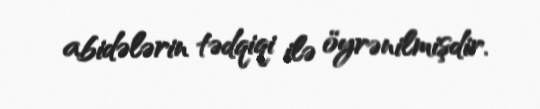
abidələrin tədqiqi ilə öyrənilmişdir.